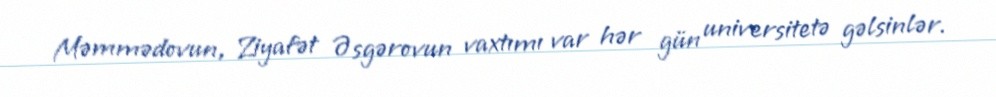
Məmmədovun, Ziyafət Əsgərovun vaxtımı var hər gün universitetə gəlsinlər.